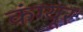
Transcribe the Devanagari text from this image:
कंग्‍यूर